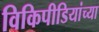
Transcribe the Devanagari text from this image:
विकिपीडियांच्या